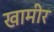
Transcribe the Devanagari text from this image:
खामीर